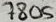
Text: 7805